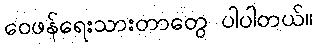
ဝေဖန်ရေးသားတာတွေ ပါပါတယ်။